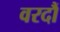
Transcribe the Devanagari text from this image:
वरदौं